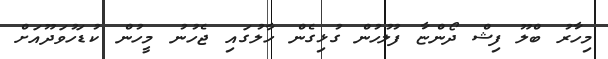
މިހާރު ބްލޫ ފިޝް ދޯންޏާ ފުލުހުން ގުޅިގެން ހާލުގައި ޖެހުނު މީހުން ކުޑަހުވަދޫއަށް